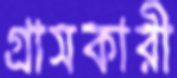
গ্রাসকারী